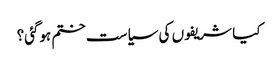
کیا شریفوں کی سیاست ختم ہوگئی؟